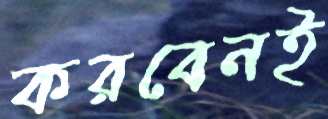
করবেনই